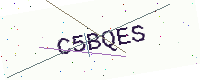
Text: C5BQES